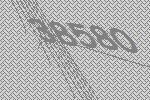
38580